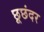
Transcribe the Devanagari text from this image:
छूछंदर